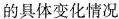
的具体变化情况